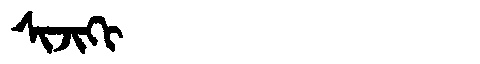
Manchu: ᠰᡳᠵᡳᡴᡳ
Romanization: SIJIKI